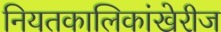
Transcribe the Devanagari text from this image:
नियतकालिकांखेरीज